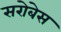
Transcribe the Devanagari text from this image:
सरोबेस